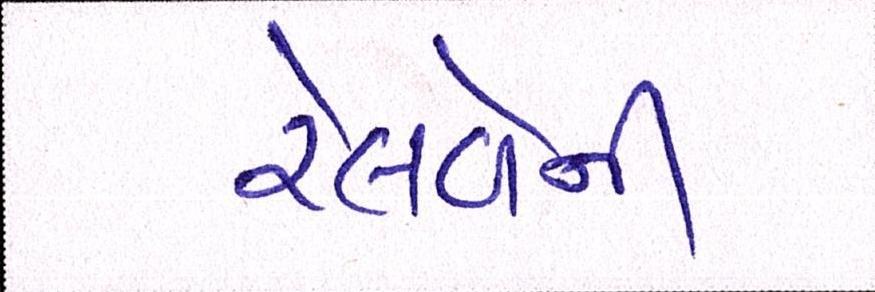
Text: રેલવેનો